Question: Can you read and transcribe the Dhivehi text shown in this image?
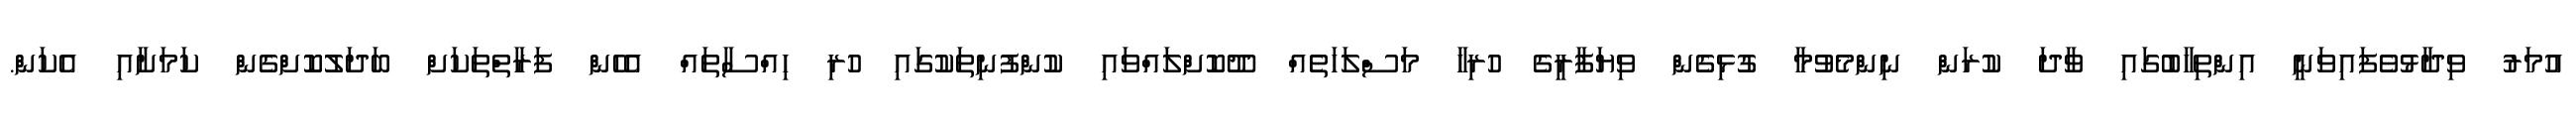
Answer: އުމަރު ވިދާޅުވެފައިވަނީ އިންތިހާބުގައި ވާދަ ކުރަން ނިންމެވުމާ ގުޅިގެން ވިޔަފާރީގެ ހުރިހާ މަސްލަހަތެއް ދޫކޮށްލައްވައި ކުންފުނިތަކުގައި ހުރި ހިއްސާތައް އެހެން ފަރާތްތަކަށް ބަދަލުކޮށްގެން ކަމަށާއި އެކަން.